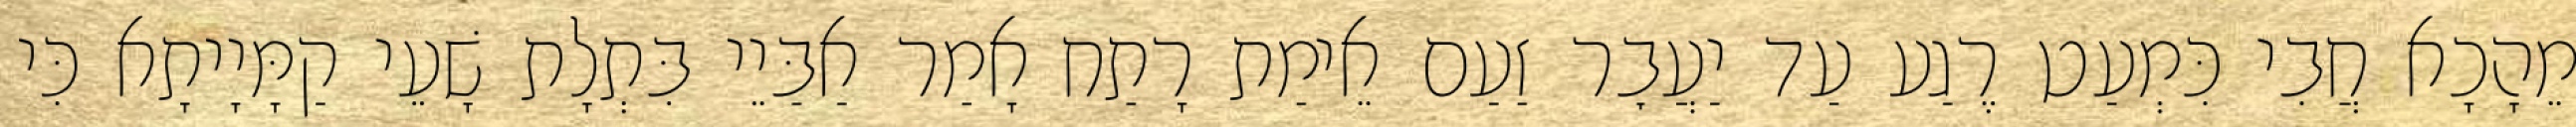
מֵהָכָא חֲבִי כִּמְעַט רֶגַע עַד יַעֲבׇר זַעַם אֵימַת רָתַח אָמַר אַבַּיֵי בִּתְלָת שָׁעֵי קַמָּיָיתָא כִּי